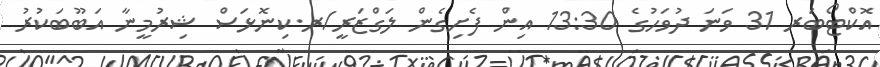
އޮކްޓޯބަރ 31 ވަނަ ދުވަހުގެ 13:30 އިން ފެށިގެން ލަގްޒަރީ/ރ.ކިނޮޅަސް ޝިރުމީނާ އަބޫބަކުރު